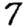
Digit: 7